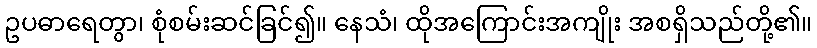
ဥပဓာရေတွာ၊ စုံစမ်းဆင်ခြင်၍။ နေသံ၊ ထိုအကြောင်းအကျိုး အစရှိသည်တို့၏။